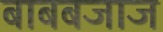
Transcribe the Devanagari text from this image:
बाबबजाज